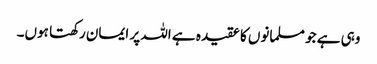
وہی ہے جو مسلمانوں کا عقیدہ ہے اللہ پر ایمان رکھتا ہوں۔